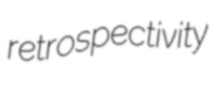
retrospectivity